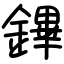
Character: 鏎